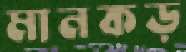
মানকড়